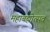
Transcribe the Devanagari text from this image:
महाबह्मोत्‍सव